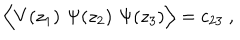
\Big \langle V ( z _ { 1 } ) \, \, \Psi ( z _ { 2 } ) \, \, \Psi ( z _ { 3 } ) \Big \rangle = c _ { 2 3 } \ ,